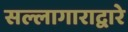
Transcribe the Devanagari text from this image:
सल्लागाराद्वारे